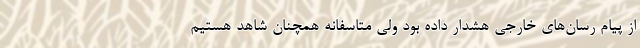
از پیام رسان‌های خارجی هشدار داده بود ولی متاسفانه همچنان شاهد هستیم